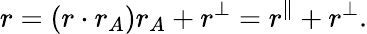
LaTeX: r=(r\cdot r_{A})r_{A}+r^{\perp}=r^{\parallel}+r^{\perp}.